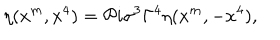
LaTeX: \eta ( x ^ { m } , x ^ { 4 } ) = { \cal P } i \sigma ^ { 3 } \Gamma ^ { 4 } \eta ( x ^ { m } , - x ^ { 4 } ) ,